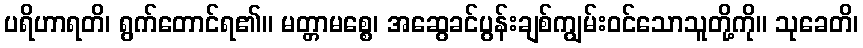
ပရိဟာရတိ၊ ရွက်တောင်ရ၏။ မတ္တာမစ္စေ၊ အဆွေခင်ပွန်းချစ်ကျွမ်းဝင်သောသူတို့ကို။ သုခေတိ၊